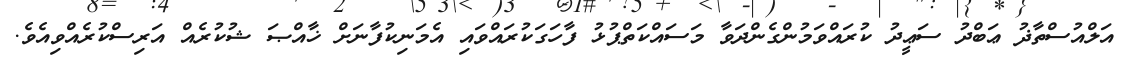
އަލްއުސްތާޛު ޢަބްދު ސަޢީދު ކުރައްވަމުންގެންދަވާ މަސައްކަތްޕުޅު ފާހަގަކުރައްވައި އެމަނިކުފާނަށް ޚާއްޞަ ޝުކުރެއް އަރިސްކުރެއްވިއެވެ.